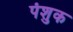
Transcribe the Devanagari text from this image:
पंशुक